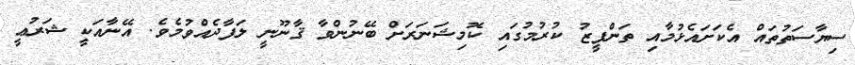
ސިޔާސަތުތައް އެކަށައެޅުމާއި ތަންފީޒު ކުރުމުގައި ކޮމިޝަނަރަށް ބޭނުންވާ ޤާނޫނީ ލަފާދެއްވުމެވެ. އޭނާއަކީ ޝަރުޢީ